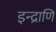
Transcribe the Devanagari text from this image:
इन्द्राणि